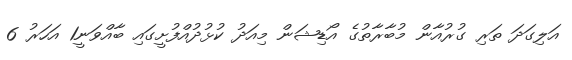
އަލިގަދަ ތަރި ގުރުއާން މުބާރާތުގެ އޯޑިޝަން މިއަދު ކުޅުދުއްފުށީގައި ބާއްވަނީ1 އަހަރު 6